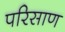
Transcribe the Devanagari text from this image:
परिसाण